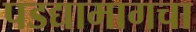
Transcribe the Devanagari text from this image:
पडद्यामागचा